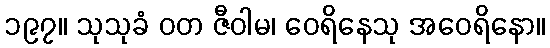
၁၉၇။ သုသုခံ ဝတ ဇီဝါမ၊ ဝေရိနေသု အဝေရိနော။